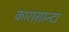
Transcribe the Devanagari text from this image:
काराग़ान्दा